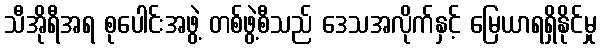
သီအိုရီအရ စုပေါင်းအဖွဲ့ တစ်ဖွဲ့စီသည် ဒေသအလိုက်နှင့် မြေယာရရှိနိုင်မှု